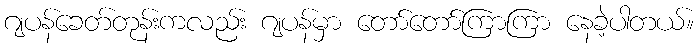
ဂျပန်ခေတ်တုန်းကလည်း ဂျပန်မှာ တော်တော်ကြာကြာ နေခဲ့ပါတယ်။